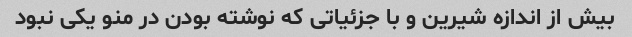
بیش از اندازه شیرین و با جزئیاتی که نوشته بودن در منو یکی نبود